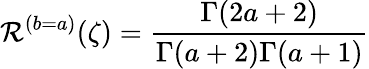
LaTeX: {\cal R}^{(b=a)}(\zeta)=\frac{\Gamma(2a+2)}{\Gamma(a+2)\Gamma(a+1)}